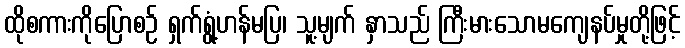
ထိုစကားကိုပြောစဉ် ရှက်ရွံ့ဟန်မပြ၊ သူ့မျက် နှာသည် ကြီးမားသောမကျေနပ်မှုတို့ဖြင့်